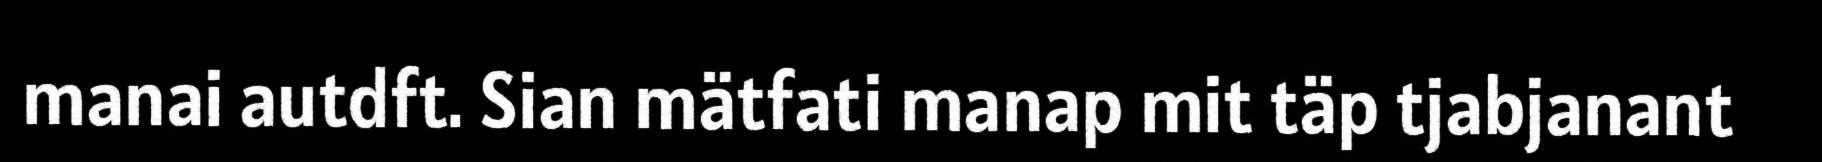
manai autdft. Sian mätfati manap mit täp tjabjanant